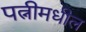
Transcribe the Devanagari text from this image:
पत्नीमधील